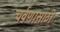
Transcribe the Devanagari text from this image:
चर्वणासाठी